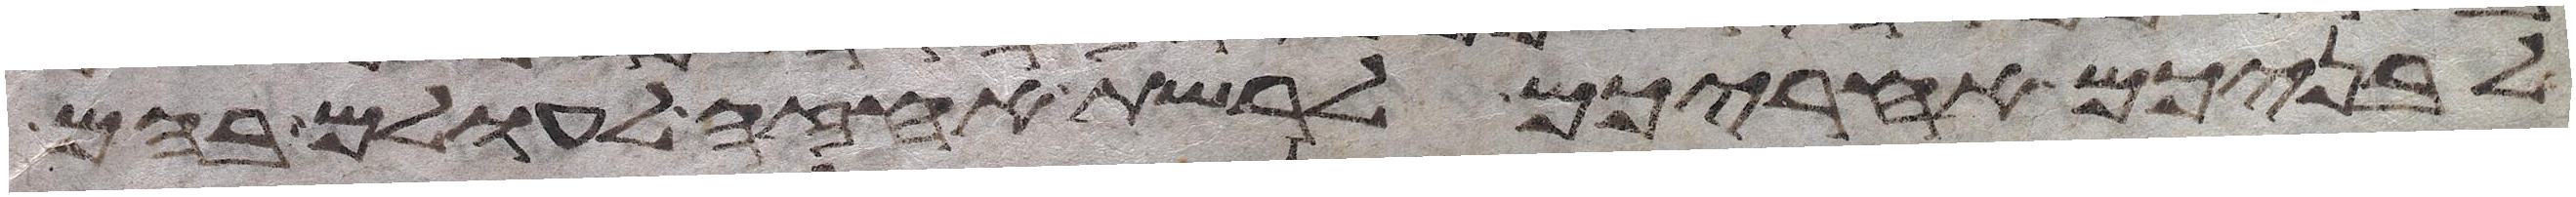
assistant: לבניכם אחריכם לרשת אחזה לעולם בהם